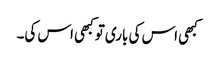
کبھی اس کی باری تو کبھی اس کی۔